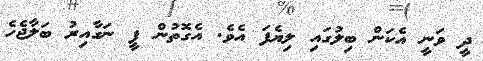
ދީ ވަނީ އެކަން ބިލުގައި ލިޔެފަ އެވެ. އެގޮތުން ފީ ނަގާއިރު ބަލާޖެހެ